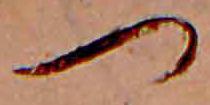
つ